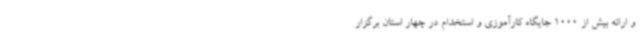
و ارائه بیش از 1000 جایگاه کارآموزی و استخدام در چهار استان برگزار